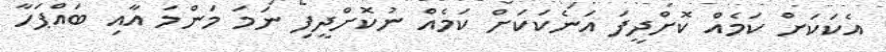
އެކަކަށް ކަމެއް ކޮށްދީފަ އަނެކަކަށް ކަމެއް ނުކޮށްދީފި ނަމަ މަންމަ އާއި ބައްޕަހާ